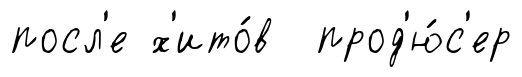
посл'е х'ито́в прод'ю́с'ер